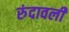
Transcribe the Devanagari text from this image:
रुंदावली